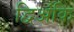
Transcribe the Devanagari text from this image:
द्विअंकि